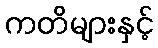
ကတိများနှင့်